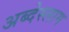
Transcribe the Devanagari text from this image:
अब्देस्लाम